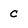
Character: c